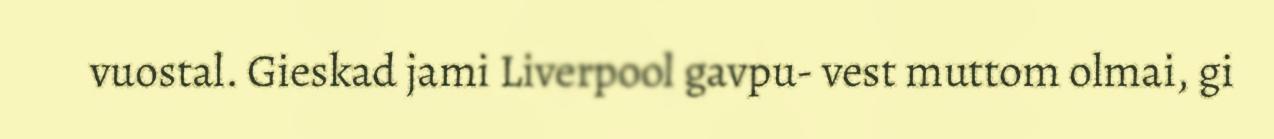
vuostal. Gieskad jami Liverpool gavpu- vest muttom olmai, gi